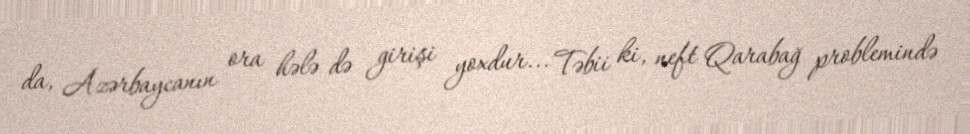
da, Azərbaycanın ora hələ də girişi yoxdur... Təbii ki, neft Qarabağ problemində